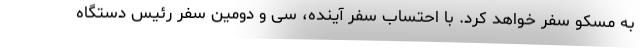
به مسکو سفر خواهد کرد. با احتساب سفر آینده، سی و دومین سفر رئیس دستگاه